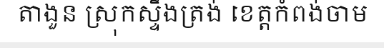
តាងួន ស្រុកស្ទឹងត្រង់ ខេត្តកំពង់ចាម